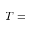
T =